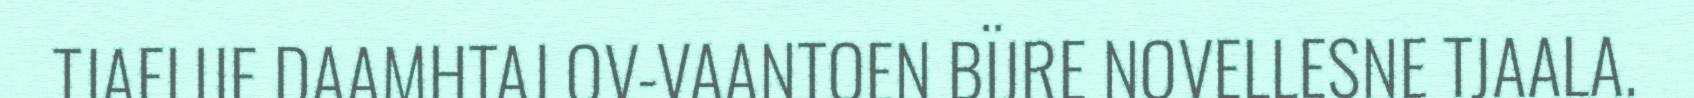
TJAELIJE DAAMHTAJ OV-VAANTOEN BÏJRE NOVELLESNE TJAALA.